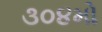
૩૦૪મો